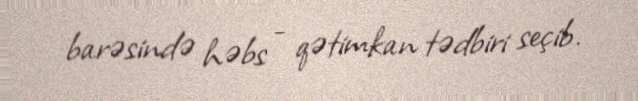
barəsində həbs - qətimkan tədbiri seçib.